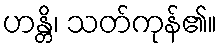
ဟန္တိ၊ သတ်ကုန်၏။